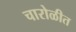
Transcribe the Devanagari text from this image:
चारोळीत